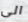
الى